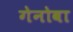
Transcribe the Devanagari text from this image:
गेनोवा